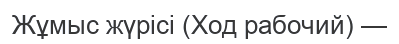
Жұмыс жүрісі (Ход рабочий) —